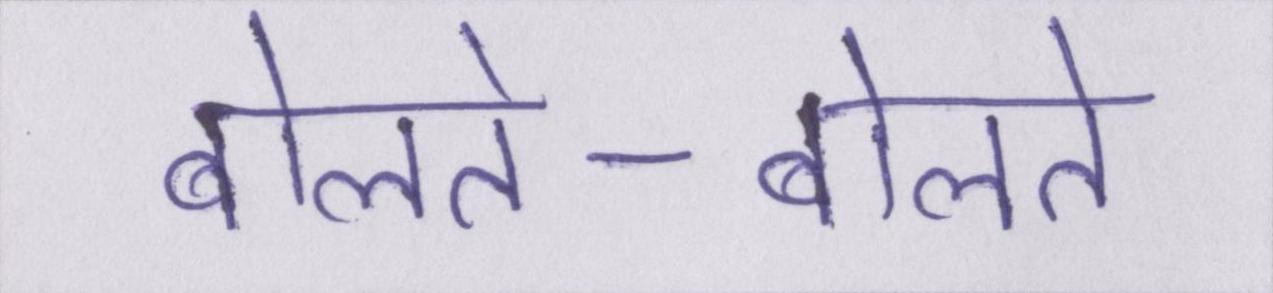
बोलते-बोलते